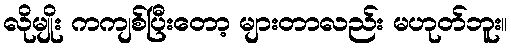
လိုမျိုး ကကျစ်ပြီးတော့ များတာလည်း မဟုတ်ဘူး။